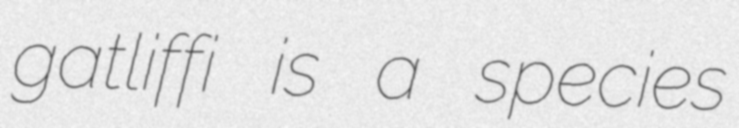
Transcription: gatliffi is a species